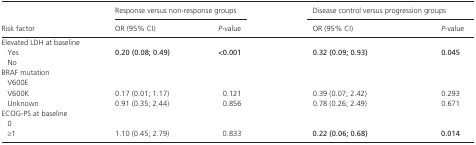
<table><thead><tr><td rowspan="2"><b>Risk factor</b></td><td colspan="2"><b>Response versus non‐response groups</b></td><td colspan="2"><b>Disease control versus progression groups</b></td></tr><tr><td><b>OR (95% CI)</b></td><td><b><i>P</i>‐value</b></td><td><b>OR (95% CI)</b></td><td><b><i>P</i>‐value</b></td></tr></thead><tbody><tr><td colspan="5">Elevated LDH at baseline</td></tr><tr><td>Yes</td><td><b>0.20 (0.08; 0.49)</b></td><td><b>&lt;0.001</b></td><td><b>0.32 (0.09; 0.93)</b></td><td><b>0.045</b></td></tr><tr><td>No</td><td></td><td></td><td></td><td></td></tr><tr><td colspan="5">BRAF mutation</td></tr><tr><td>V600E</td><td></td><td></td><td></td><td></td></tr><tr><td>V600K</td><td>0.17 (0.01; 1.17)</td><td>0.121</td><td>0.39 (0.07; 2.42)</td><td>0.293</td></tr><tr><td>Unknown</td><td>0.91 (0.35; 2.44)</td><td>0.856</td><td>0.78 (0.26; 2.49)</td><td>0.671</td></tr><tr><td colspan="5">ECOG‐PS at baseline</td></tr><tr><td>0</td><td></td><td></td><td></td><td></td></tr><tr><td>≥1</td><td>1.10 (0.45; 2.79)</td><td>0.833</td><td><b>0.22 (0.06; 0.68)</b></td><td><b>0.014</b></td></tr></tbody></table>